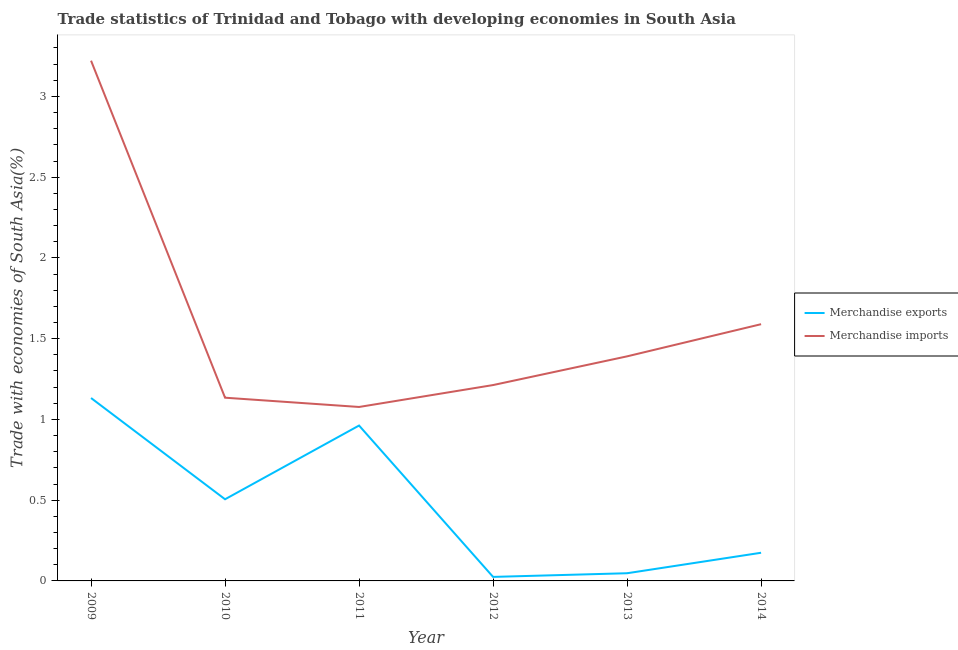
| Year | Merchandise exports | Merchandise imports |
 | --- | --- | --- |
 | 2009 | 1.13 | 3.22 |
 | 2010 | 0.506 | 1.13 |
 | 2011 | 0.962 | 1.08 |
 | 2012 | 0.0249 | 1.21 |
 | 2013 | 0.0476 | 1.39 |
 | 2014 | 0.174 | 1.59 |